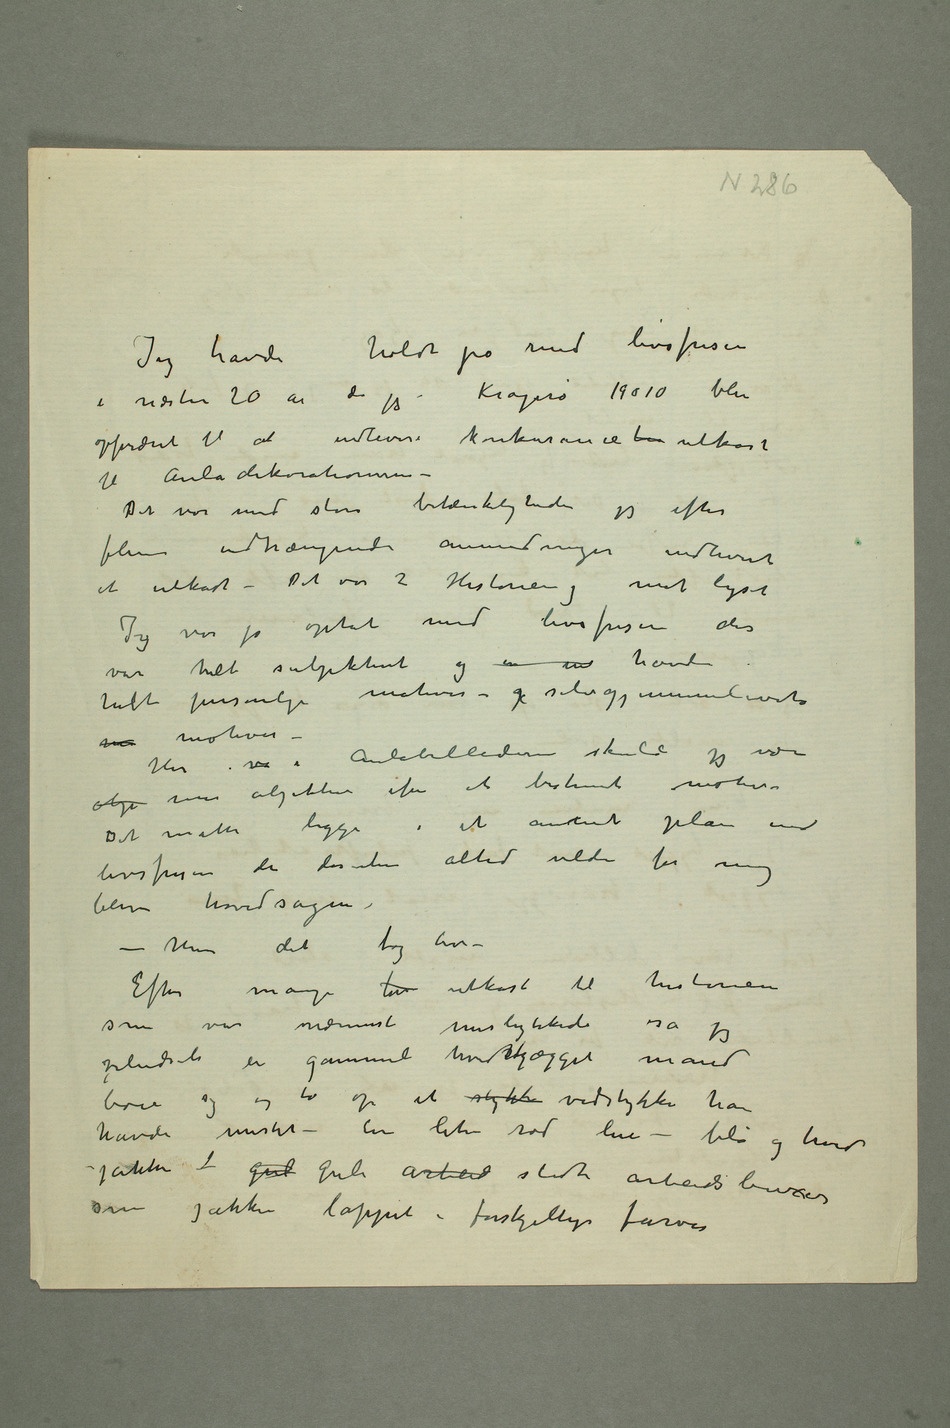
Jeg havde holdt på med livsfrisen i
Kragerø 1910 blev
opfordret til at indlevere konkurance  utkast
til Auladekorationerne –
Det var med store betænkeligheder jeg efter
flere indtrængende anmodninger indleverte
et utkast – Det var 2 Historien og mot lyset
Jeg var jo optat med livsfrisen den
var helt subjektivt og en in havde
helt personlige motiver – g selvgjennemlevete
m motiver –
obje mer objektiv efter et bestemt motiv.
Det måtte ligge i et annet plan end
livsfrisen der desuden altid vilde for
blive hovedsagen. –
Men det tog tid –
Efter mange his utkast til historien
som var nærmest mislykkede så jeg
pludseli en gammel hvidskjægget mand
bøie sig og ta op et stykk vedstykke han
havde mistet – En liten rød lue – blå og hvid
jakke – gul gule arbeid slidte
arbeidsbuxer
som jakken lappet i forskjellige farver